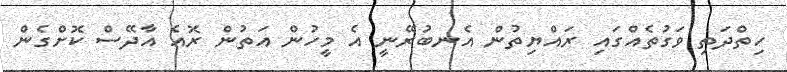
ހިތްދަތި ވަގުތެއްގައި ރައްޔިތުން އެނބުރޭނީ އެ މީހުން އަތުން ރޮއެ އާދޭސް ކޮށްގެން